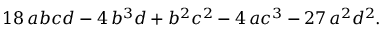
1 8 \, a b c d - 4 \, b ^ { 3 } d + b ^ { 2 } c ^ { 2 } - 4 \, a c ^ { 3 } - 2 7 \, a ^ { 2 } d ^ { 2 } .